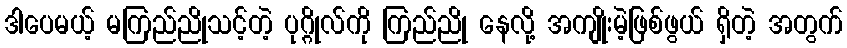
ဒါပေမယ့် မကြည်ညိုသင့်တဲ့ ပုဂ္ဂိုလ်ကို ကြည်ညို နေလို့ အကျိုးမဲ့ဖြစ်ဖွယ် ရှိတဲ့ အတွက်